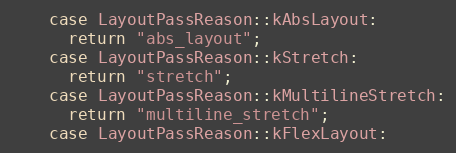
Language: C++
    case LayoutPassReason::kAbsLayout:
      return "abs_layout";
    case LayoutPassReason::kStretch:
      return "stretch";
    case LayoutPassReason::kMultilineStretch:
      return "multiline_stretch";
    case LayoutPassReason::kFlexLayout: